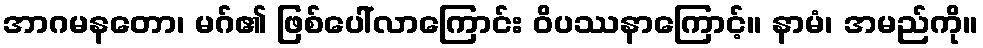
အာဂမနတော၊ မဂ်၏ ဖြစ်ပေါ်လာကြောင်း ဝိပဿနာကြောင့်။ နာမံ၊ အမည်ကို။